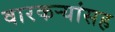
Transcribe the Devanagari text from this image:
वारकर्‍यांसह